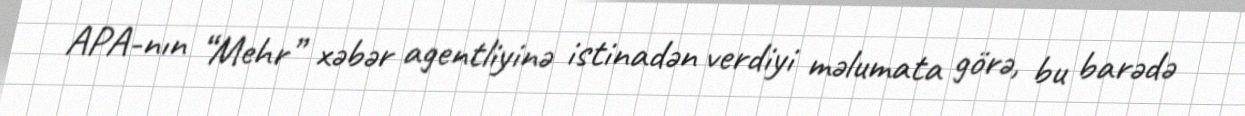
APA-nın “Mehr” xəbər agentliyinə istinadən verdiyi məlumata görə, bu barədə